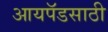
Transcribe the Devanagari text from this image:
आयपॅडसाठी